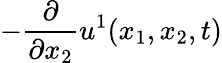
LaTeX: -\frac{\partial}{\partial x_{2}}u^{1}(x_{1},x_{2},t)